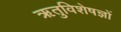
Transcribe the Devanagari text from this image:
ऋतुविशेषज्ञों